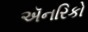
ઍનરિકો